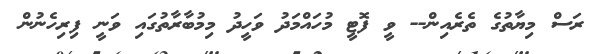
ރަސް މިޔާތުގެ ތެރެއިން-- ވީ ފޮޓީ މުހައްމަދު ވަހީދު މިމުބާރާތުގައި ވަނީ ފިރިހެނުން